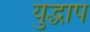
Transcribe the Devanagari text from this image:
युद्धाप